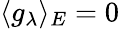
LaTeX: \langle g_{\lambda}\rangle_{E}=0